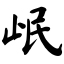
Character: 岷